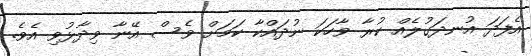
އެފަދަ އުނދަގުލެއް ކުރާ ވާހަކަ ނުދައްކާ ކަމަށް ވެސް އޭނާ ވިދާޅުވި އެވެ.